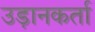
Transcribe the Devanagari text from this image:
उड़ानकर्ता